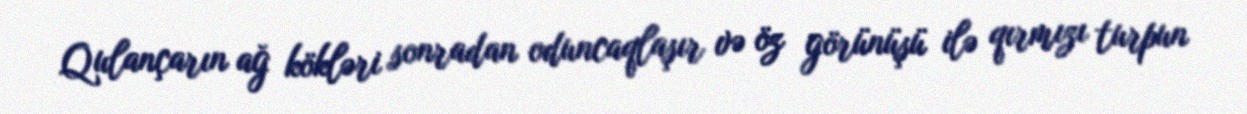
Qulançarın ağ kökləri sonradan oduncaqlaşır və öz görünüşü ilə qırmızı turpun